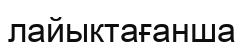
лайықтағанша